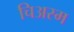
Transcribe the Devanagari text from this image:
चिअस्म